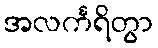
အလင်္ကရိတွာ